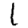
Digit: 1